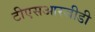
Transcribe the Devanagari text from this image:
टीएसआरजीडी